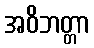
အဝိဘတ္တာ